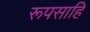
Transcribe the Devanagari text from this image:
रूपसाहि